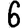
Digit: 6